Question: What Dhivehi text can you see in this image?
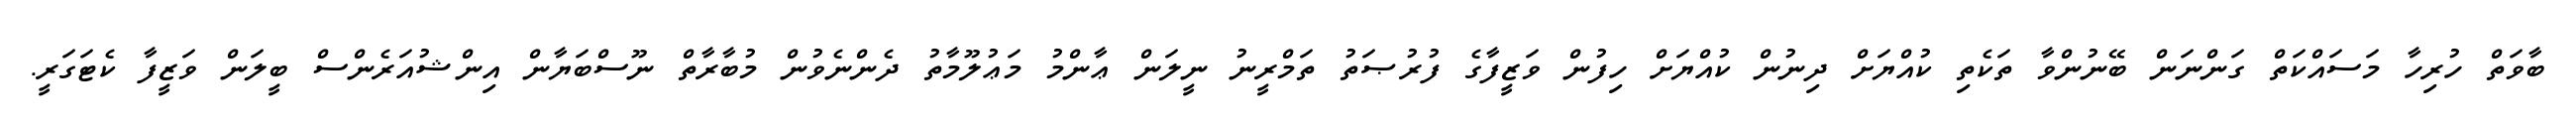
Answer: ބާވަތް ހުރިހާ މަސައްކަތް ގަންނަން ބޭނުންވާ ތަކެތި ކުއްޔަށް ދިނުން ކުއްޔަށް ހިފުން ވަޒީފާގެ ފުރުޞަތު ތަމްރީނު ނީލަން ޢާންމު މަޢުލޫމާތު ދެންނެވުން މުބާރާތް ނޫސްބަޔާން އިންޝުއަރެންސް ބީލަން ވަޒީފާ ކެޓަގަރީ.